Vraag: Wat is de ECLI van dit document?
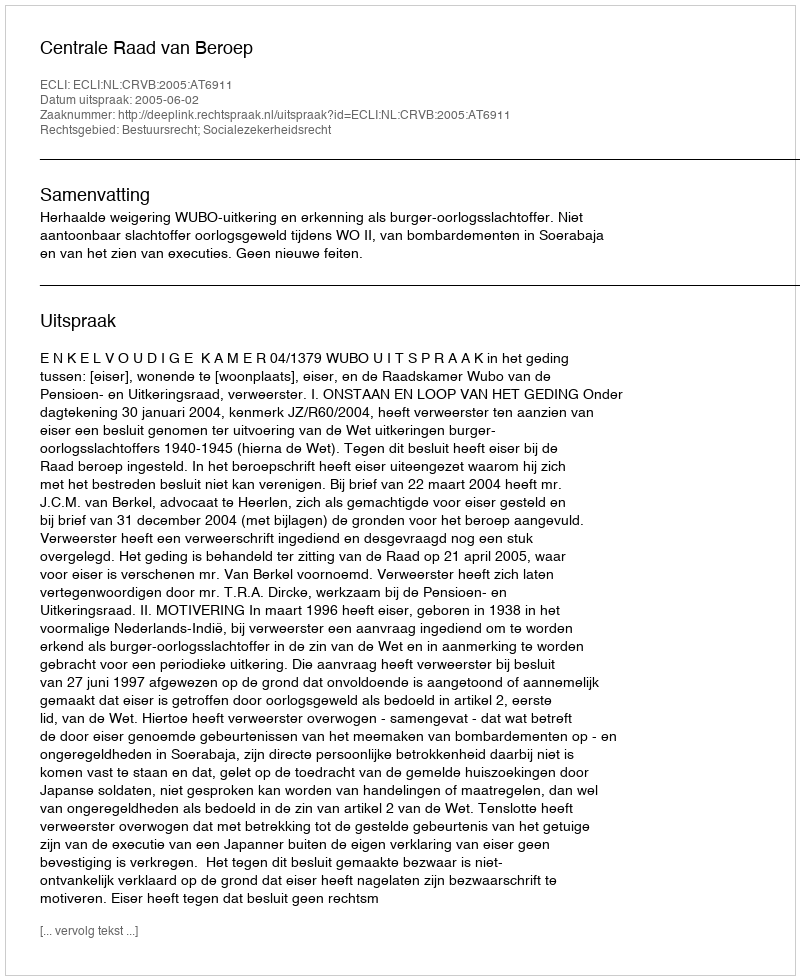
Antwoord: ECLI:NL:CRVB:2005:AT6911